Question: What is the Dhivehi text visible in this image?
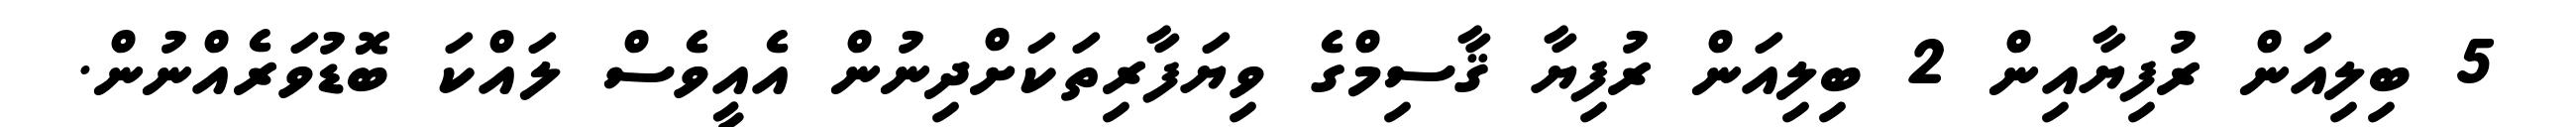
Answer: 5 ބިލިއަން ރުފިޔާއިން 2 ބިލިއަން ރުފިޔާ ޤާސިމްގެ ވިޔަފާރިތަކަށްދިނުން އެއީވެސް ލައްކަ ބޮޑުވަރެއްނުން.